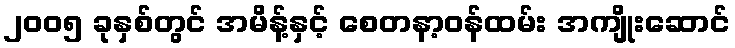
၂၀၀၅ ခုနှစ်တွင် အမိန့်နှင့် စေတနာ့ဝန်ထမ်း အကျိုးဆောင်